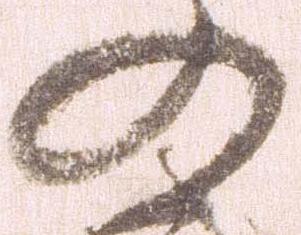
の